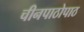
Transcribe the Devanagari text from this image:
चीनपाठोपाठ